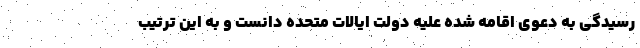
رسیدگی به دعوی اقامه شده علیه دولت ایالات متحده دانست و به این ترتیب